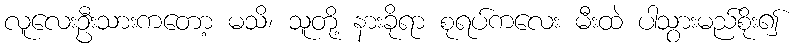
လူလေးဦးသားကတော့ မသိ၊ သူတို့ နားခိုရာ စုရပ်ကလေး မီးထဲ ပါသွားမည်စိုး၍